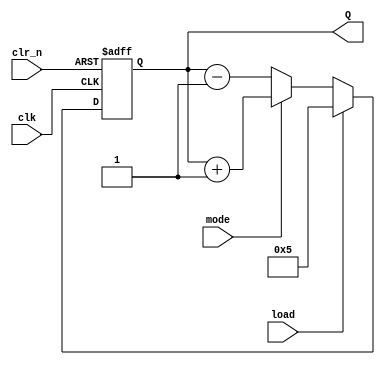
module UP_DOWN 
#(
parameter size = 4,
parameter data = 4'b0101
)
(
    input clk, clr_n, mode, load,
    output reg [size-1:0]Q
);
    
    always@ (posedge clk or negedge clr_n)
    begin
        if (!clr_n)
            Q <= 'b0;
        else begin
            if (load) 
                Q <= data;
            else begin 
                if (mode)
                    Q <= Q + 1;
                else 
                    Q <= Q - 1;
            end
        end
    end
        
endmodule
module BOARD_UP_DOWN(
    output [3:0]led,        // Q: led
    input [2:0]sw,          // load: sw[2], mode: sw[1], clr: sw[0]
    input CLK12MHZ
    );
    
    CLK_DIV one_hz(.in_clk(CLK12MHZ), .out_clk(CLK1HZ));
    UP_DOWN board_UP_DOWN(CLK1HZ, sw[0], sw[1], sw[2], led);

endmodule